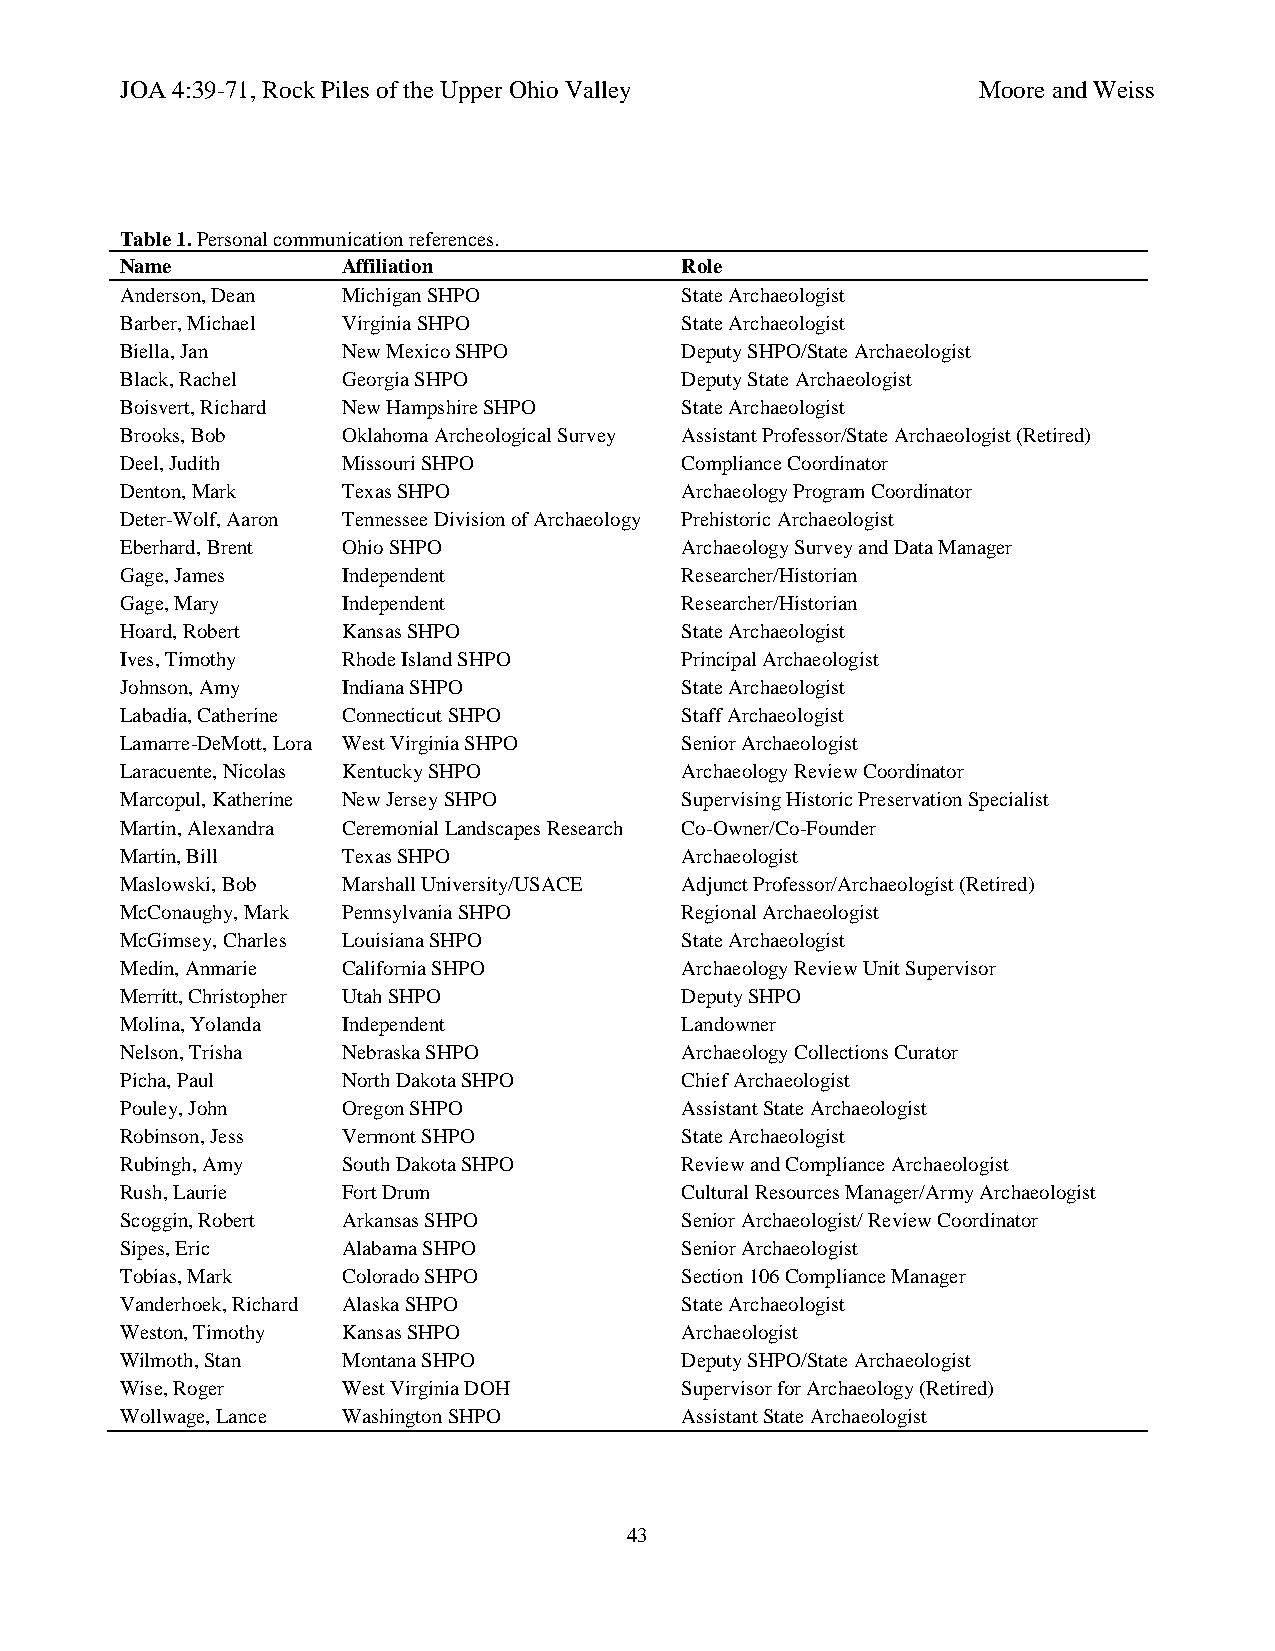
JOA 4:39-71, Rock Piles of the Upper Ohio Valley         Moore and Weiss
 Table 1. Personal communication references.
 Name           Affiliation           Role
 Anderson, Dean Michigan SHPO         State Archaeologist
 Barber, Michael Virginia SHPO        State Archaeologist
 Biella, Jan    New Mexico SHPO       Deputy SHPO/State Archaeologist
 Black, Rachel  Georgia SHPO          Deputy State Archaeologist
 Boisvert, Richard New Hampshire SHPO State Archaeologist
 Brooks, Bob    Oklahoma Archeological Survey Assistant Professor/State Archaeologist (Retired)
 Deel, Judith   Missouri SHPO         Compliance Coordinator
 Denton, Mark   Texas SHPO            Archaeology Program Coordinator
 Deter-Wolf, Aaron Tennessee Division of Archaeology Prehistoric Archaeologist
 Eberhard, Brent Ohio SHPO            Archaeology Survey and Data Manager
 Gage, James    Independent           Researcher/Historian
 Gage, Mary     Independent           Researcher/Historian
 Hoard, Robert  Kansas SHPO           State Archaeologist
 Ives, Timothy  Rhode Island SHPO     Principal Archaeologist
 Johnson, Amy   Indiana SHPO          State Archaeologist
 Labadia, Catherine Connecticut SHPO  Staff Archaeologist
 Lamarre-DeMott, Lora West Virginia SHPO Senior Archaeologist
 Laracuente, Nicolas Kentucky SHPO    Archaeology Review Coordinator
 Marcopul, Katherine New Jersey SHPO  Supervising Historic Preservation Specialist
 Martin, Alexandra Ceremonial Landscapes Research Co-Owner/Co-Founder
 Martin, Bill   Texas SHPO            Archaeologist
 Maslowski, Bob Marshall University/USACE Adjunct Professor/Archaeologist (Retired)
 McConaughy, Mark Pennsylvania SHPO   Regional Archaeologist
 McGimsey, Charles Louisiana SHPO     State Archaeologist
 Medin, Anmarie California SHPO       Archaeology Review Unit Supervisor
 Merritt, Christopher Utah SHPO       Deputy SHPO
 Molina, Yolanda Independent          Landowner
 Nelson, Trisha Nebraska SHPO         Archaeology Collections Curator
 Picha, Paul    North Dakota SHPO     Chief Archaeologist
 Pouley, John   Oregon SHPO           Assistant State Archaeologist
 Robinson, Jess Vermont SHPO          State Archaeologist
 Rubingh, Amy   South Dakota SHPO     Review and Compliance Archaeologist
 Rush, Laurie   Fort Drum             Cultural Resources Manager/Army Archaeologist
 Scoggin, Robert Arkansas SHPO        Senior Archaeologist/ Review Coordinator
 Sipes, Eric    Alabama SHPO          Senior Archaeologist
 Tobias, Mark   Colorado SHPO         Section 106 Compliance Manager
 Vanderhoek, Richard Alaska SHPO      State Archaeologist
 Weston, Timothy Kansas SHPO          Archaeologist
 Wilmoth, Stan  Montana SHPO          Deputy SHPO/State Archaeologist
 Wise, Roger    West Virginia DOH     Supervisor for Archaeology (Retired)
 Wollwage, Lance Washington SHPO      Assistant State Archaeologist
 43